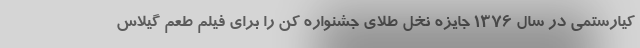
کیارستمی در سال 1376 جایزه نخل طلای جشنواره کن را برای فیلم طعم گیلاس